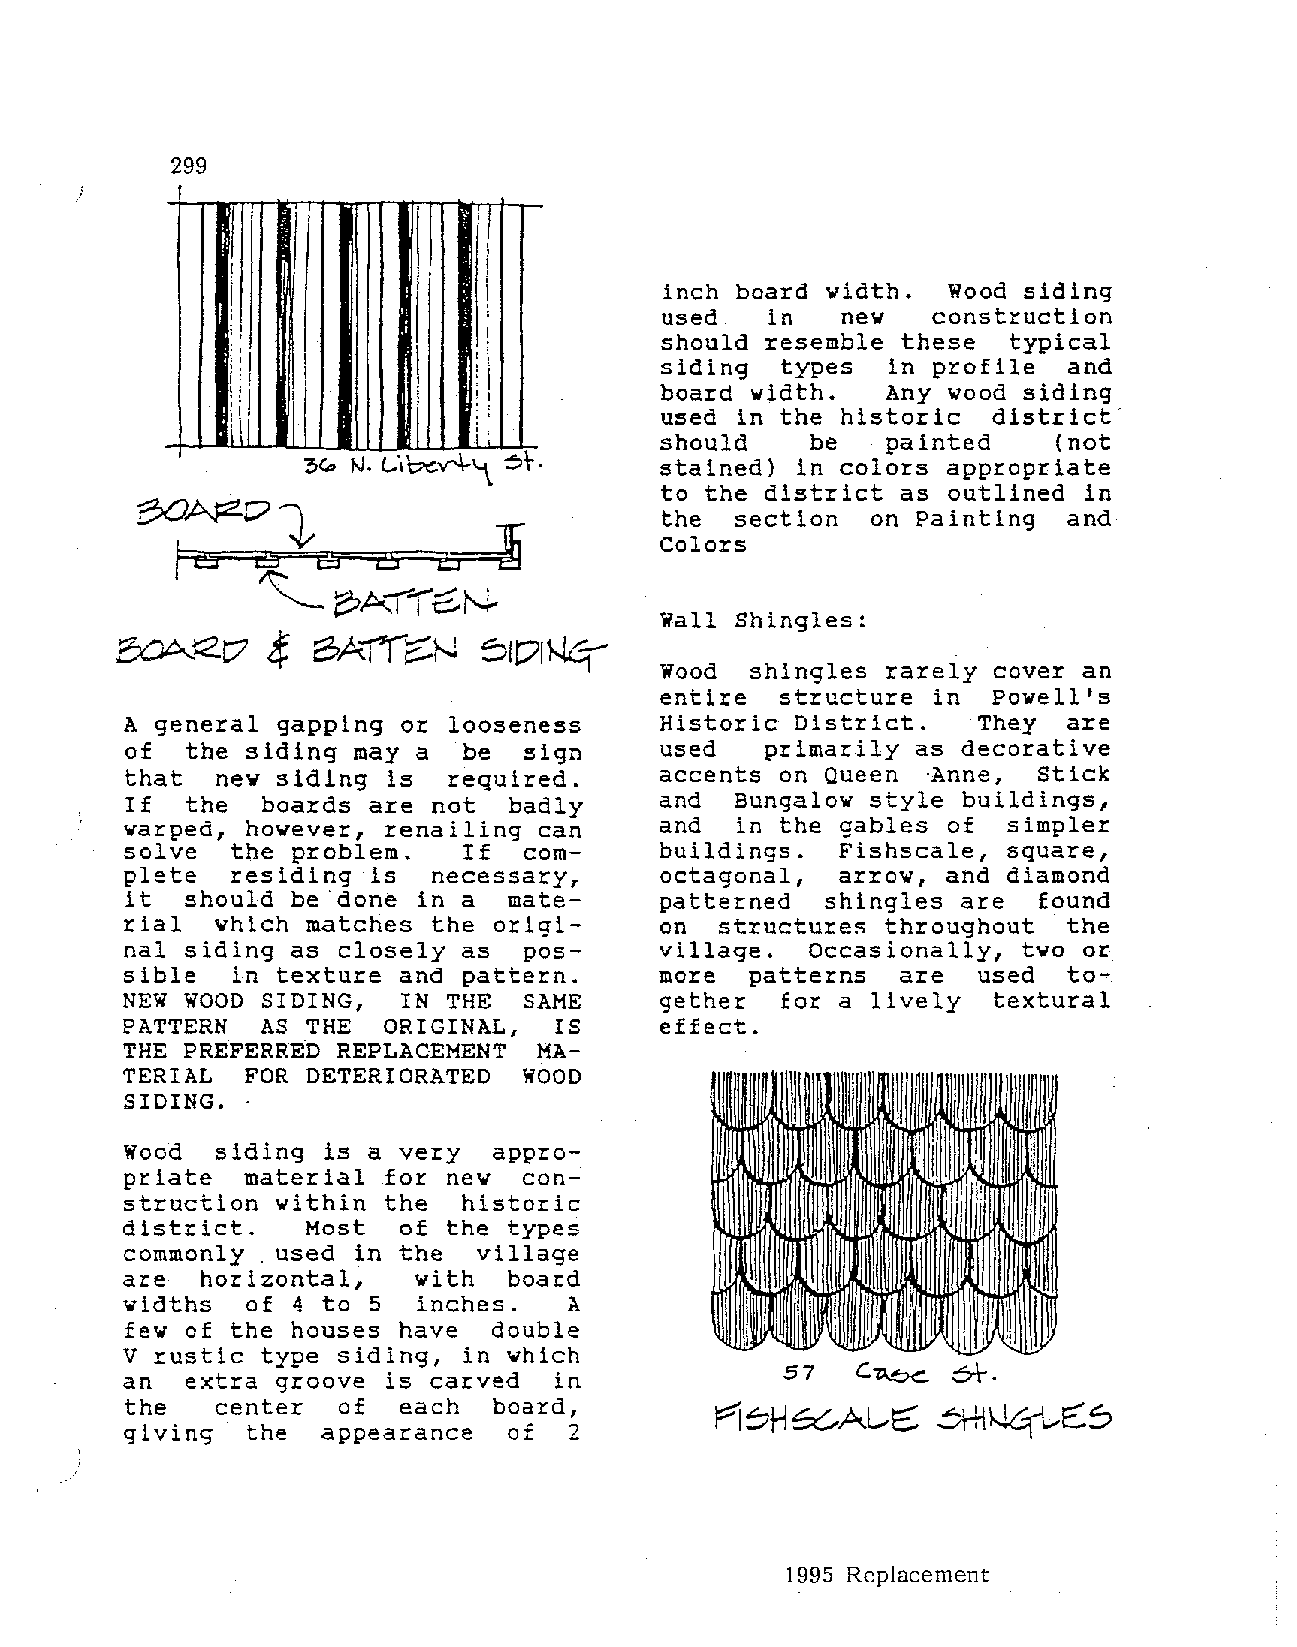
299
 +-
 I
 I
 I            i'  !
 i                i           inch board width.  Wood siding
 ;           I    '           used   in   new   construction
 " ''             i           should resemble these  typical
 I'I :,' I iI I I i i         siding  types  in profile  and
 board width.   Any wood siding
 I I              I
 '           used in the historic  district
 1\i
 111
 should    be   painted    (not
 3(, )\}. l-•txV"4-'1_ ~t. stained) in colors appropriate
 to the district as outlined in
 BONZ-01.
 the  section  on Painting  and
 /tsaae:sal                      Colors
 ~    ~.A_"''·ft~.N-
 Wall Shingles:
 <f
 ~t7          BAI(~N     ~101wq-
 Wood  shingles rarely cover an
 entire  structure in  Powell's
 A general gapping or  looseness     Historic District.   They  are
 of  the siding may a   be  sign     used   primarily as decorative
 that  new siding  is  required.     accents on Queen ·Anne,  Stick
 If  the  boards are  not  badly     and  Bungalow style buildings,
 warped, however, renailing  can     and  in the gables of  simpler
 solve  the problem.    If  com      buildings. Fishscale,  square,
 plete  residing  is  necessary,     octagonal, arrow,  and diamond
 it  should be done  in a  mate      patterned shingles are   found
 rial  which matches  the origi      on            throughout   the
 structure~
 nal siding as closely  as  pos      village. Occasionally,  two or
 sible  in texture and  pattern.     more  patterns are   used  to
 NEW WOOD SIDING,   IN THE  SAME     gether  for a lively  textural
 PATTERN  AS THE  ORIGINAL,   IS     effect.
 THE PREFERRED REPLACEMENT  MA
 TERIAL  FOR DETERIORATED   WOOD
 SIDING. ·
 Wood  siding is a very   appro
 priate  material for  new  con
 struction within the   historic
 district.   Most  of  the types
 commonly . used in the  village
 are  horizontal,   with   board
 widths  of 4 to 5   inches.   A
 few of the houses have   double
 V rustic type siding,  in which
 an  extra groove  is carved  in             57   c.~   &\-.
 the   center  of  each   board,
 A~H~A~~        ~~~S
 giving  the  appearance   of  2
 1995 Replacement